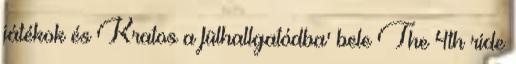
játékok és Kratos a fülhallgatódba' bele The 4th ride